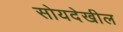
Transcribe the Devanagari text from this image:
सोयदेखील